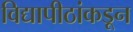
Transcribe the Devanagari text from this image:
विद्यापीठांकडून